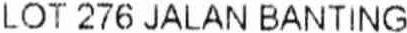
LOT 276 JALAN BANTING